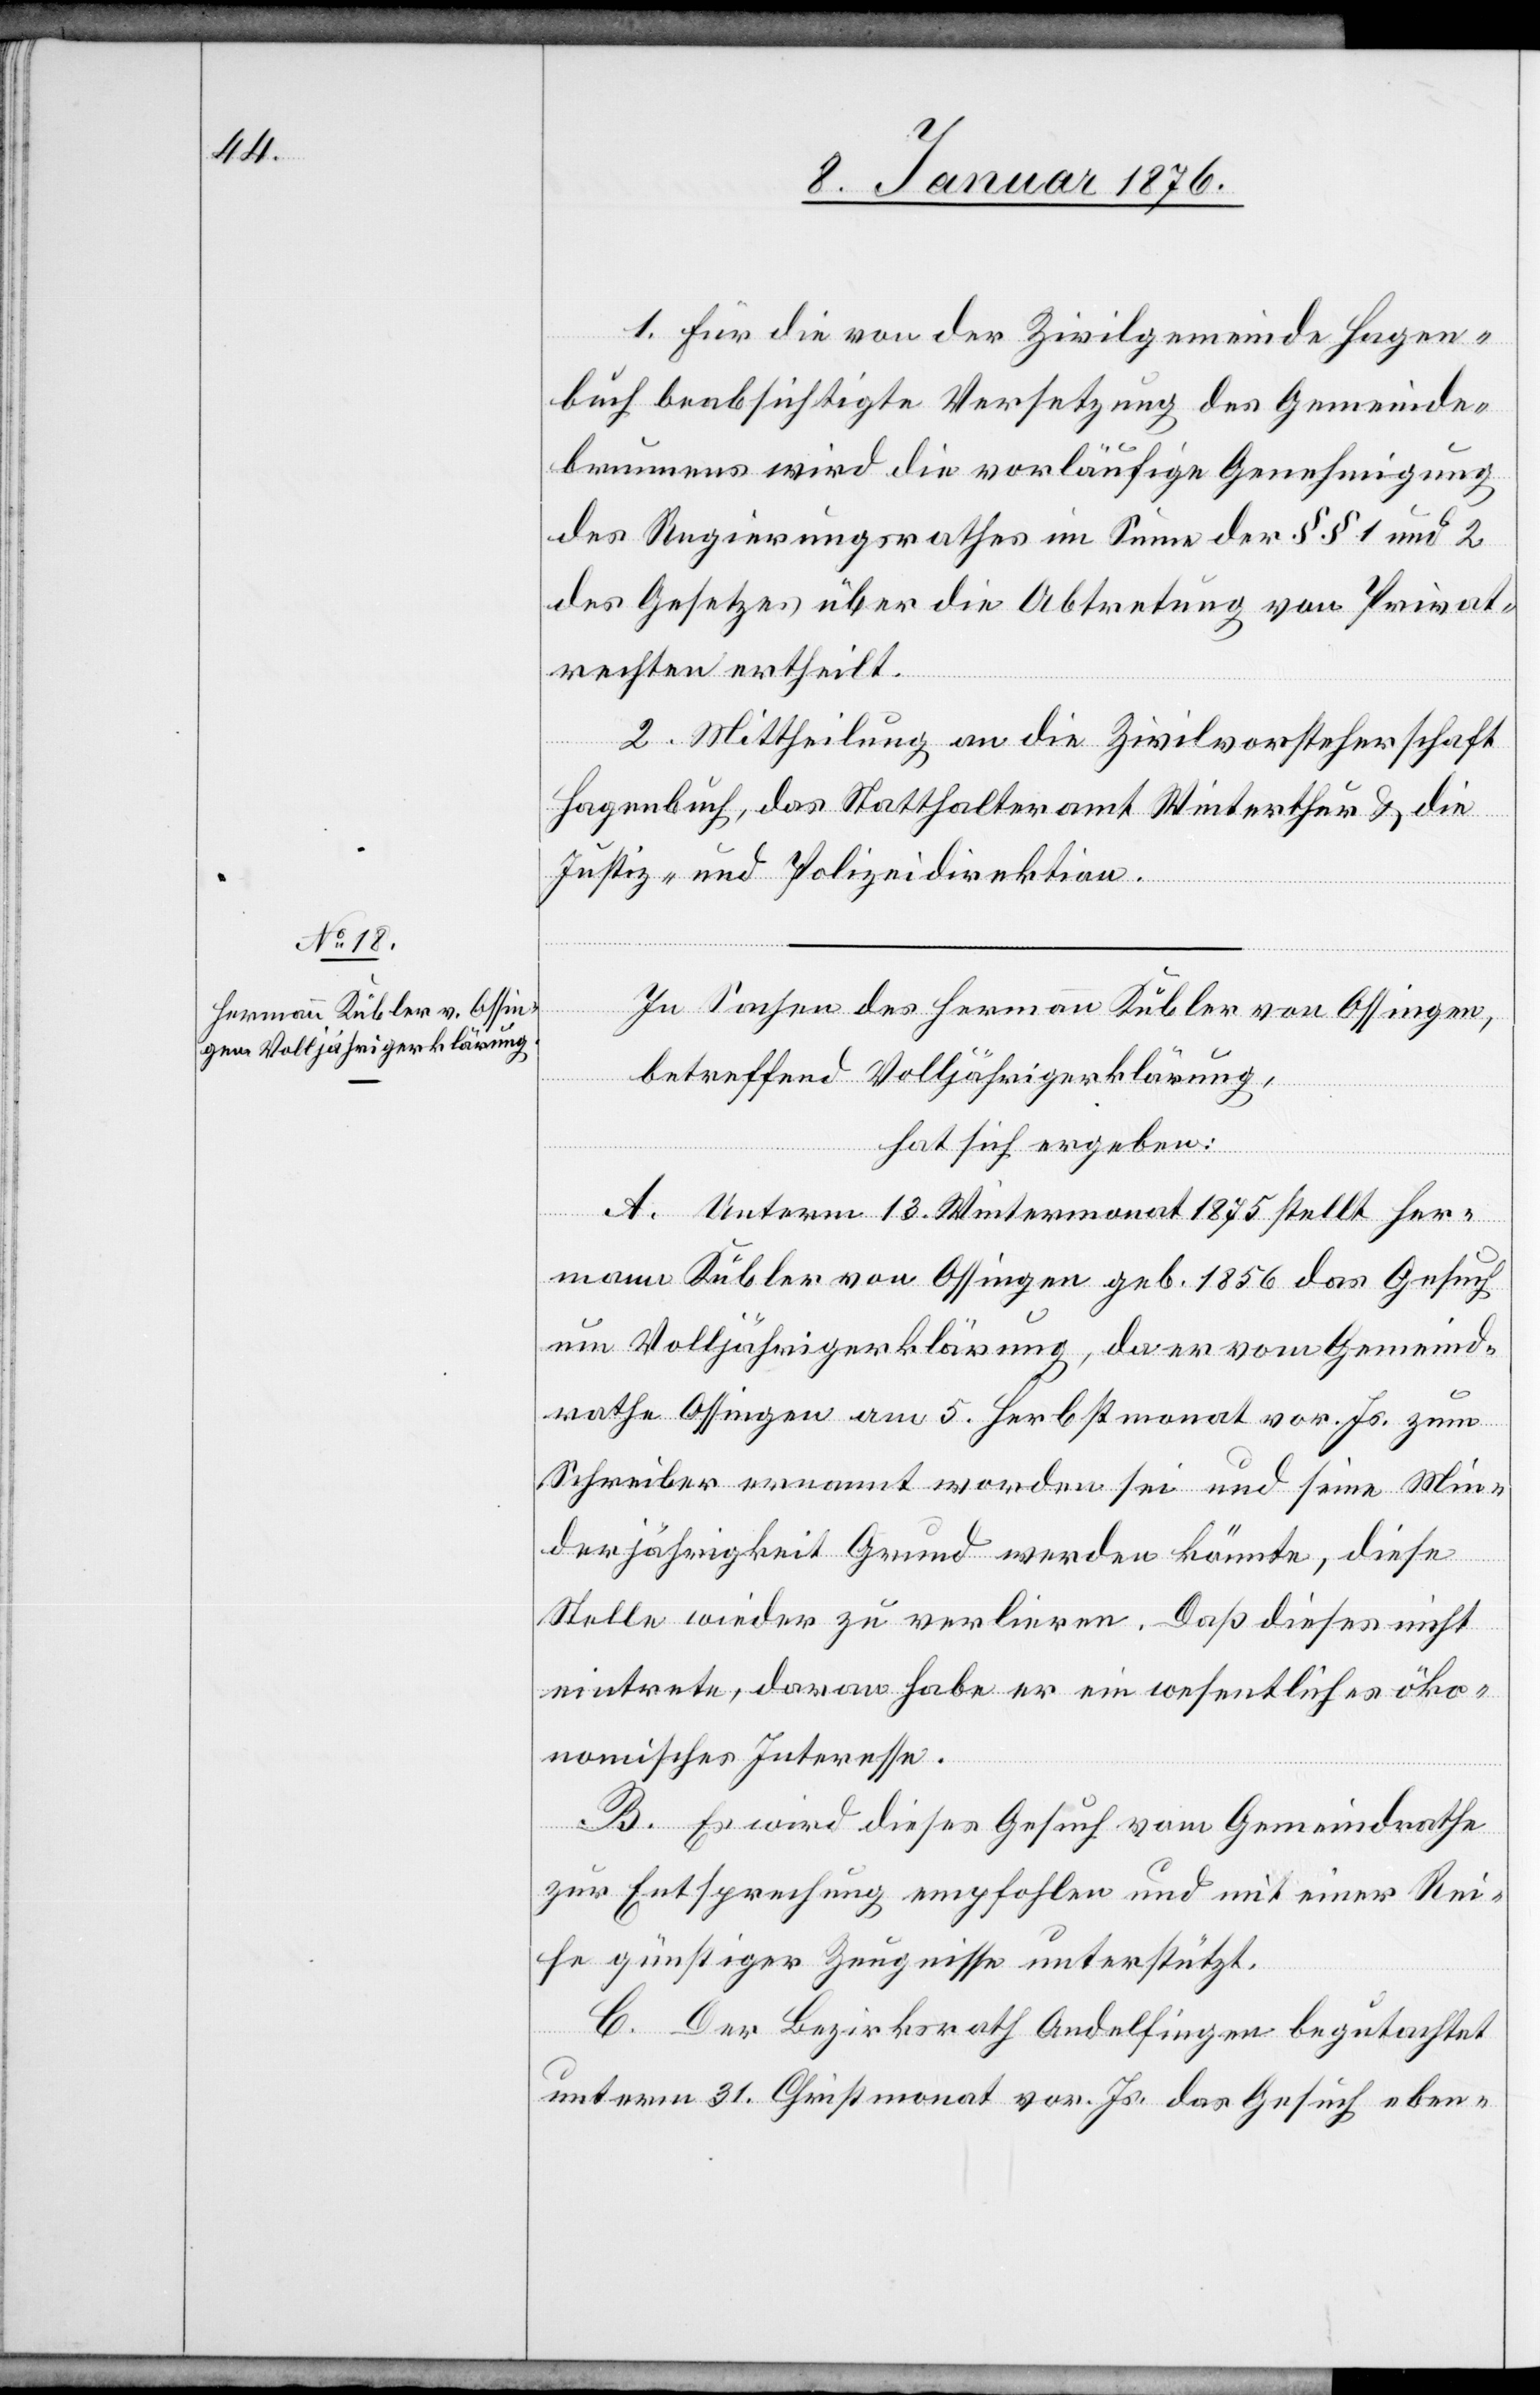
1. Für die von der Zivilgemeinde Hagen¬
buch beabsichtigte Versetzung des Gemeinde¬
brunnens wird die vorläufige Genehmigung
des Regierungsrathes im Sinne der §§ 1 und 2
des Gesetzes über die Abtretung von Privat¬
rechten ertheilt.
2. Mittheilung an die Zivilvorsteherschaft
Hagenbuch, das Statthalteramt Winterthur u. die
Justiz- und Polizeidirektion.
In Sachen des Hermann Kübler von Ossingen,
betreffend Volljährigerklärung,
hat sich ergeben:
A. Unterm 13. Wintermonat 1875 stellt Her¬
mann Kübler von Ossingen geb. 1856 das Gesuch
um Volljährigerklärung, da er vom Gemeind¬
rathe Ossingen am 5. Herbstmonat vor. Js. zum
Schreiber ernannt worden sei und seine Min¬
derjährigkeit Grund werden könnte, diese
Stelle wieder zu verlieren. Daß dieses nicht
eintrete, davon habe er ein wesentliches öko¬
nomisches Interesse.
B. Es wird dieses Gesuch vom Gemeindrathe
zur Entsprechung empfohlen und mit einer Rei¬
he günstiger Zeugnisse unterstützt.
C. Der Bezirksrath Andelfingen begutachtet
unterm 31. Christmonat vor. Js. das Gesuch eben-